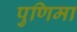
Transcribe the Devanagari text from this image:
पुणिमा